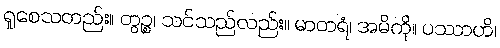
ရှုစေသတည်း။ တွဉ္စ၊ သင်သည်လည်း။ မာတရံ၊ အမိကို။ ပဿာဟိ၊